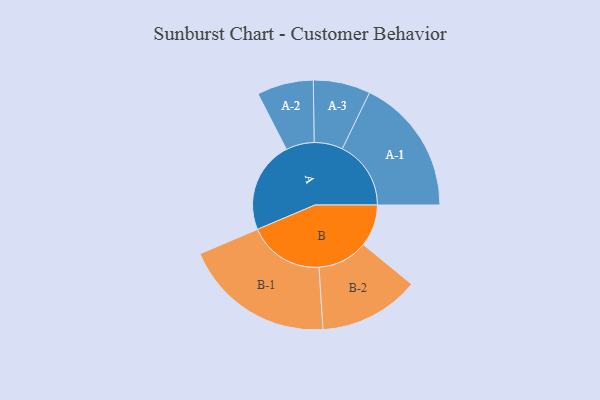
{"axis": {"x": "Segment", "y": "Value"}, "legend": ["", "A", "B"], "data": [{"x": "A", "y": 325, "type": ""}, {"x": "B", "y": 149, "type": ""}, {"x": "A-1", "y": 243, "type": "A"}, {"x": "A-2", "y": 100, "type": "A"}, {"x": "A-3", "y": 101, "type": "A"}, {"x": "B-1", "y": 268, "type": "B"}, {"x": "B-2", "y": 178, "type": "B"}]}